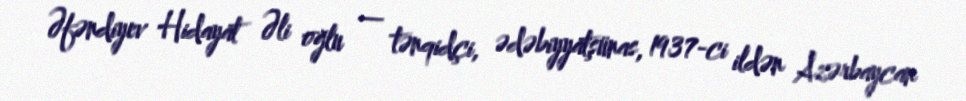
Əfəndiyev Hidayat Əli oğlu — tənqidçi, ədəbiyyatşünas, 1937-ci ildən Azərbaycan